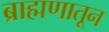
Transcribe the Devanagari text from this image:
ब्राह्मणातून